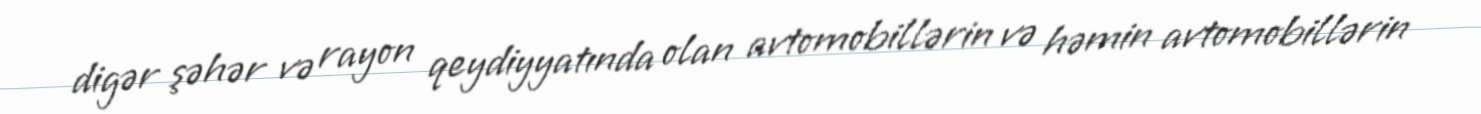
digər şəhər və rayon qeydiyyatında olan avtomobillərin və həmin avtomobillərin